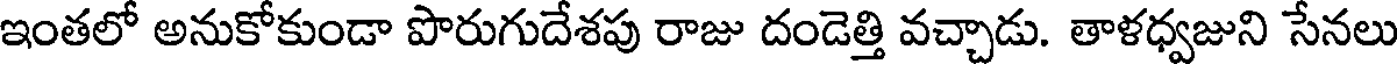
ఇంతలో అనుకోకుండా పొరుగుదేశపు రాజు దండెత్తి వచ్చాడు. తాళధ్వజుని సేనలు